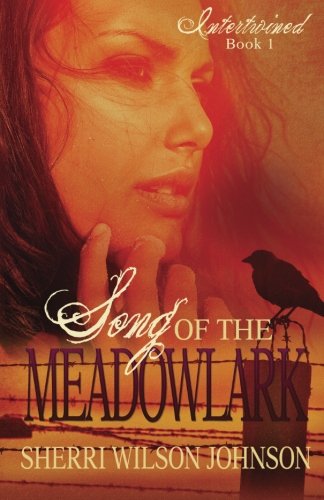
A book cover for Song of the Meadowlark (Intertwined) (Volume 1); Sherri Wilson Johnson; Romance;